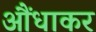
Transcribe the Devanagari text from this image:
आैंधाकर